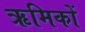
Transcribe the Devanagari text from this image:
ऋमिकों